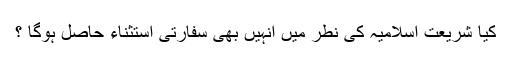
کیا شریعت اسلامیہ کی نطر میں انہیں بھی سفارتی استثناء حاصل ہوگا ؟